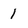
Character: 1